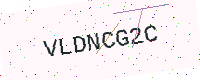
Text: VLDNCG2C